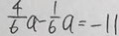
\frac { 4 } { 6 } a - \frac { 1 } { 6 } a = - 1 1